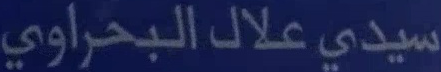
سيدي علال البحراوي